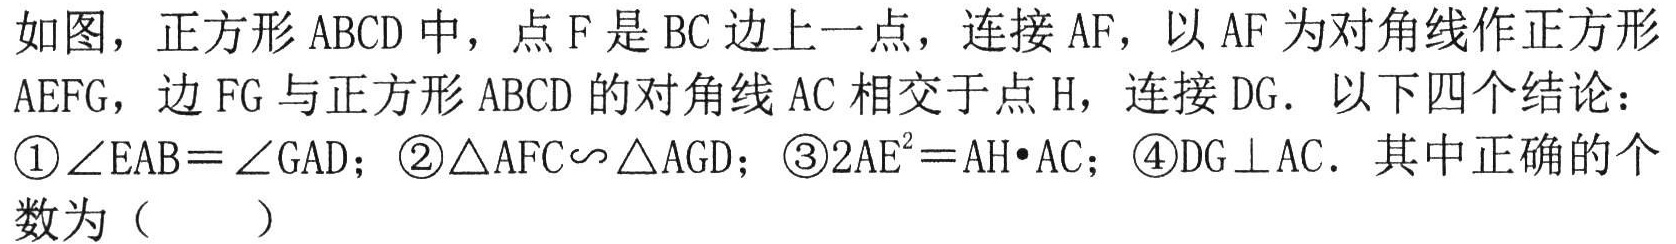
如图，正方形 \(ABCD\) 中，点 \(F\) 是 \(BC\) 边上一点，连接 \(AF\)，以 \(AF\) 为对角线作正方形 \(AEFG\)，边 \(FG\) 与正方形 \(ABCD\) 的对角线 \(AC\) 相交于点 \(H\)，连接 \(DG\)．以下四个结论：\textcircled{1}\(\angle EAB = \angle GAD\)；\textcircled{2}\(\triangle AFC\sim\triangle AGD\)；\textcircled{3}\(2AE^{2}=AH\cdot AC\)；\textcircled{4}\(DG\perp AC\)．其中正确的个数为（  ）